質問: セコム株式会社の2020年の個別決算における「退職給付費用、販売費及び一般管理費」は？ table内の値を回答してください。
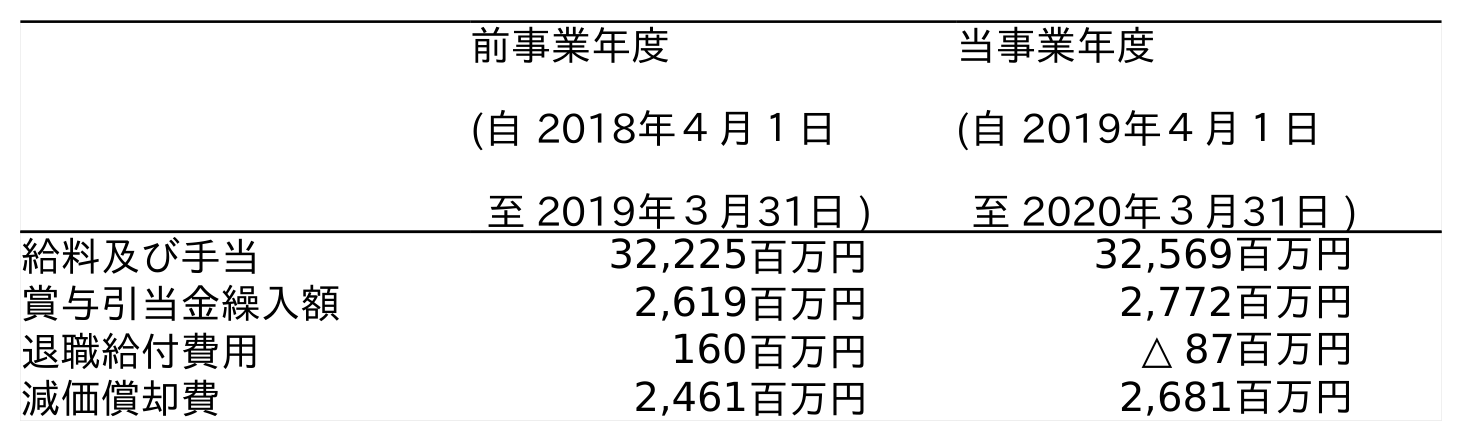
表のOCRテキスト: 前事業年度 (自 2018年４月１日 至 2019年３月31日 ) 当事業年度 (自 2019年４月１日 至 2020年３月31日 ) 給料及び手当 32,225百万円 32,569百万円 賞与引当金繰入額 2,619百万円 2,772百万円 退職給付費用 160百万円 △ 87百万円 減価償却費 2,461百万円 2,681百万円
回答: △87